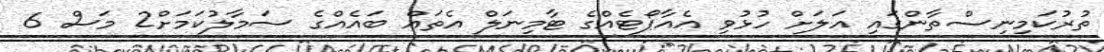
ތުރުކަމިނިސްތާންގައި އަލަށް ހުޅުވި އެއާޕޯޓެއްގެ ޓާމިނަލް އެތައް ބައެއްގެ ސަމާލުކަމަށް2 މަސް 6